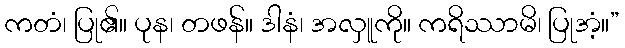
ကတံ၊ ပြု၏။ ပုန၊ တဖန်။ ဒါနံ၊ အလှူကို။ ကရိဿာမိ၊ ပြုအံ့။”